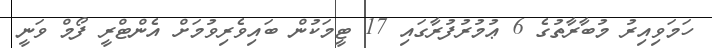
ހަމަވިއިރު މުބާރާތުގެ 6 ޢުމުރުފުރާގައި 17 ޓީމަކުން ބައިވެރިވުމަށް އެންޓްރީ ފޯމް ވަނީ